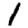
Digit: 1